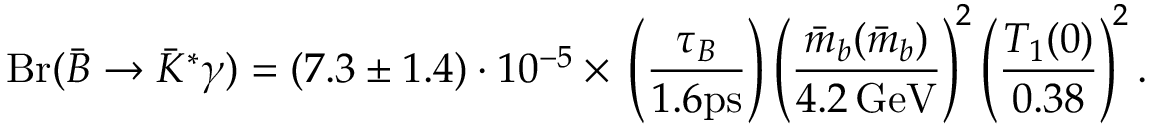
\mathrm { B r } ( \bar { B } \to \bar { K } ^ { * } \gamma ) = ( 7 . 3 \pm 1 . 4 ) \cdot 1 0 ^ { - 5 } \times \, \left( \frac { \tau _ { B } } { 1 . 6 \mathrm { p s } } \right) \left( \frac { \bar { m } _ { b } ( \bar { m } _ { b } ) } { 4 . 2 \, \mathrm { G e V } } \right) ^ { \! 2 } \left( \frac { T _ { 1 } ( 0 ) } { 0 . 3 8 } \right) ^ { \! 2 } .